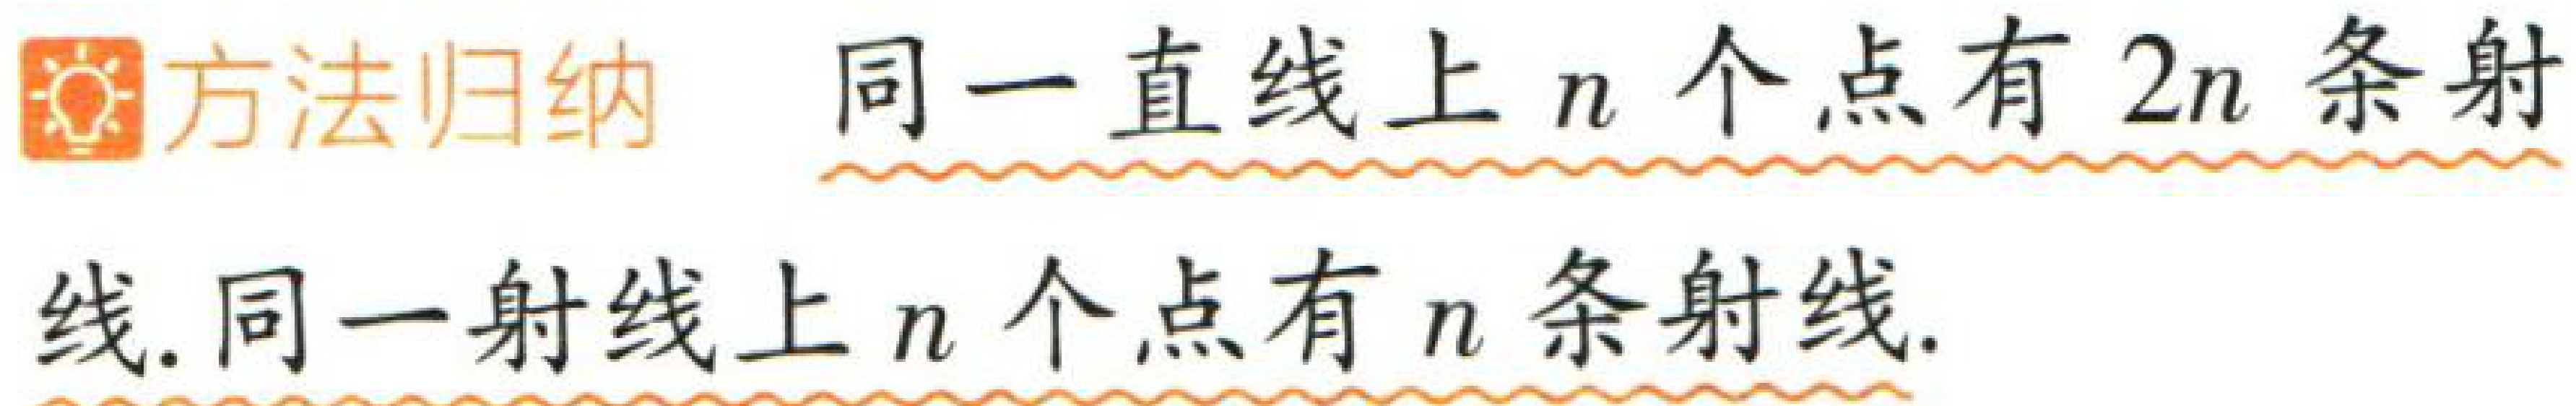
\begin{center}

\textbf{方法归纳}  同一直线上\(n\)个点有\(2n\)条射\\

线. 同一射线上\(n\)个点有\(n\)条射线.

\end{center}